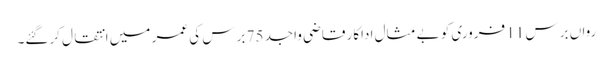
رواں برس 11 فروری کو بے مثال اداکار قاضی واجد 75 برس کی عمر میں انتقال کرگئے۔